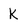
Character: K